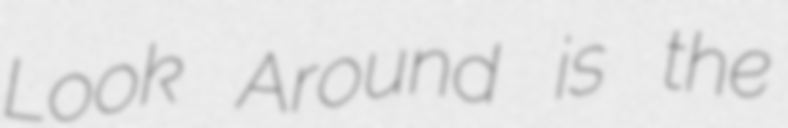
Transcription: Look Around is the